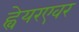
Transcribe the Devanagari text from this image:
ह्वेयरएवर